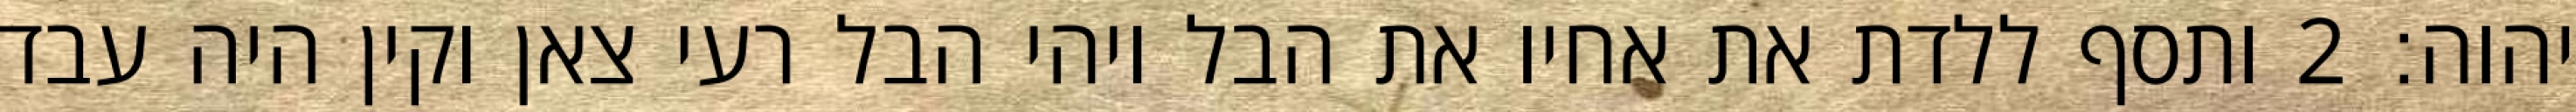
יהוה׃ ‎2‏ ותסף ללדת את אחיו את הבל ויהי הבל רעי צאן וקין היה עבד